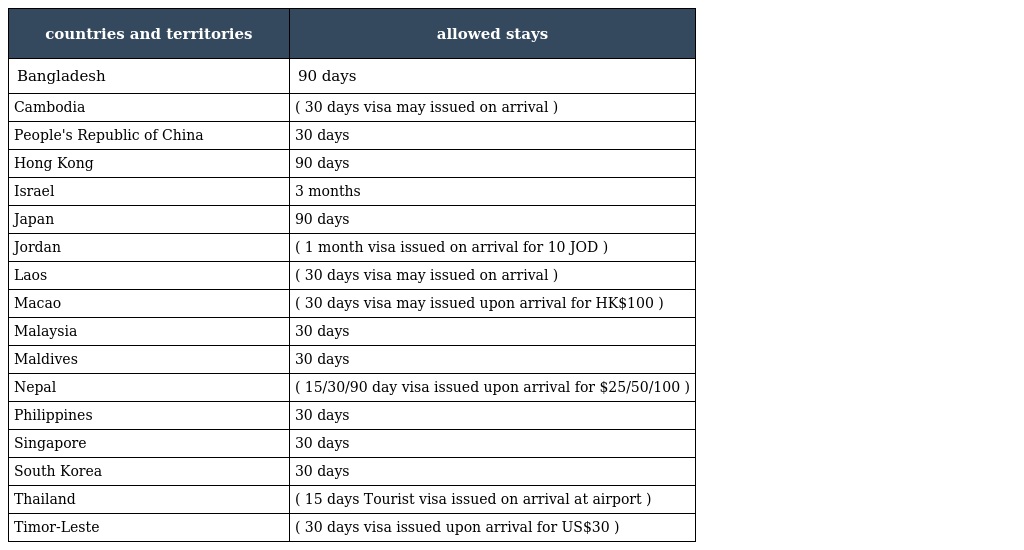
| countries and territories | allowed stays |
 | --- | --- |
 | Bangladesh | 90 days |
 | Cambodia | ( 30 days visa may issued on arrival ) |
 | People's Republic of China | 30 days |
 | Hong Kong | 90 days |
 | Israel | 3 months |
 | Japan | 90 days |
 | Jordan | ( 1 month visa issued on arrival for 10 JOD ) |
 | Laos | ( 30 days visa may issued on arrival ) |
 | Macao | ( 30 days visa may issued upon arrival for HK$100 ) |
 | Malaysia | 30 days |
 | Maldives | 30 days |
 | Nepal | ( 15/30/90 day visa issued upon arrival for $25/50/100 ) |
 | Philippines | 30 days |
 | Singapore | 30 days |
 | South Korea | 30 days |
 | Thailand | ( 15 days Tourist visa issued on arrival at airport ) |
 | Timor-Leste | ( 30 days visa issued upon arrival for US$30 ) |